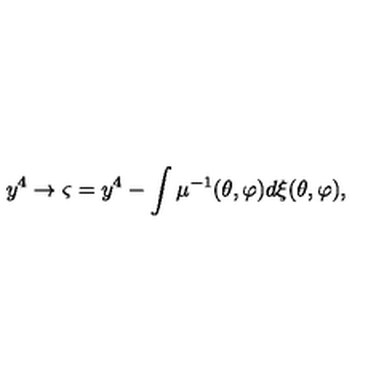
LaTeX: y ^ { 4 } \rightarrow \varsigma = y ^ { 4 } - \int \mu ^ { - 1 } ( \theta , \varphi ) d \xi ( \theta , \varphi ) ,